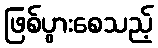
ဖြစ်ပွားစေသည့်